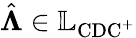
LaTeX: \hat{\boldsymbol{\Lambda}}\in\mathbb{L}_{\mathrm{CDC}^{+}}